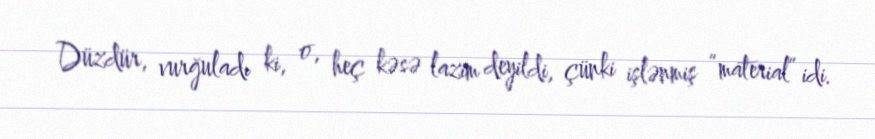
Düzdür, vurğuladı ki, o, heç kəsə lazım deyildi, çünki işlənmiş “material” idi.